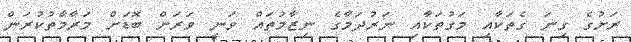
ރަށުގެ ގިނަ ގެތަކާއި މަގުތަކާއި ނަރުދަމާގެ ނިޒާމުތައް ވަނީ ވަރަށް ބޮޑަށް މަރާމާތުކުރަން